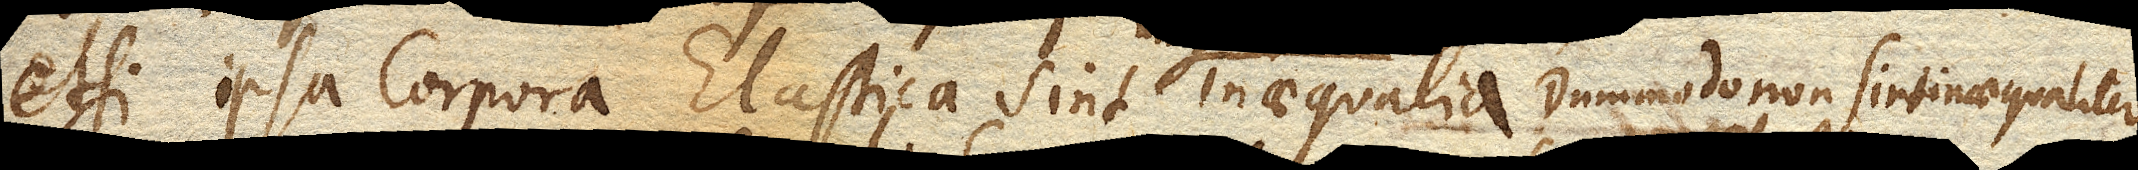
etsi ipsa corpora Elastica sint inaequalia. Dummodo non sint inaequaliter